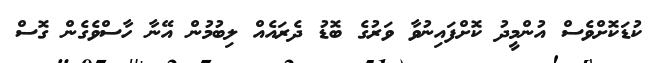
ކުޑަކޮށްވެސް އުންމީދު ކޮށްފައިނުވާ ވަރުގެ ބޮޑު ދެރައެއް ލިބުމުން އޭނާ ހާސްވެގެން ގޮސް